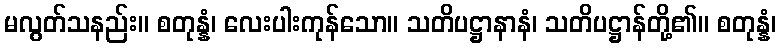
မလွတ်သနည်း။ စတုန္နံ၊ လေးပါးကုန်သော။ သတိပဋ္ဌာနာနံ၊ သတိပဋ္ဌာန်တို့၏။ စတုန္နံ၊